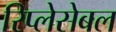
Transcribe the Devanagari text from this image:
रिप्लेसेबल